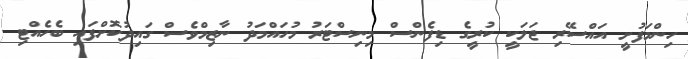
ހިންމަފުށީ އައްސޭރި ޖަލަކީ ކުރީގެ ޑިފެންސް މިނިސްޓަރު މުހައްމަދު ނާޒިމްވެސް ގައިދުކޮށްފައި ބެހެއްޓި